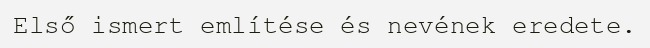
Első ismert említése és nevének eredete.